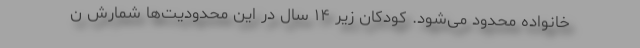
خانواده محدود می‌شود. کودکان زیر ۱۴ سال در این محدودیت‌ها شمارش ن